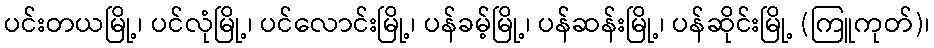
ပင်းတယမြို့၊ ပင်လုံမြို့၊ ပင်လောင်းမြို့၊ ပန်ခမ့်မြို့၊ ပန်ဆန်းမြို့၊ ပန်ဆိုင်းမြို့ (ကြူကုတ်)၊